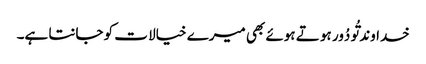
خداوند تُو دُور ہو تے ہوئے بھی میرے خیالا ت کو جانتا ہے۔